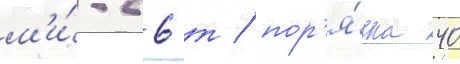
м'и́-26т / пор'я́дка 40